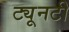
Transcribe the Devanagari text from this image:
ट्यूनटी